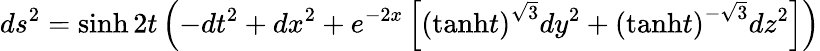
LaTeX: ds^{2}=\sinh 2t\left(-dt^{2}+dx^{2}+e^{-2x}\left[\left(\mathrm{tanh}t\right)^{\sqrt{3}}dy^{2}+\left(\mathrm{tanh}t\right)^{-\sqrt{3}}dz^{2}\right]\right)